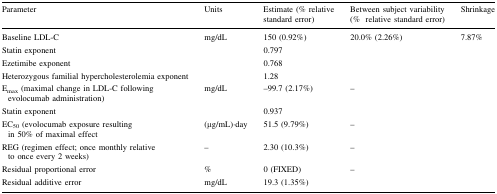
<table><thead><tr><td><b>Parameter</b></td><td><b>Units</b></td><td><b>Estimate (% relative standard error)</b></td><td><b>Between subject variability (%relative standard error)</b></td><td><b>Shrinkage</b></td></tr></thead><tbody><tr><td>Baseline LDL-C</td><td>mg/dL</td><td>150 (0.92%)</td><td>20.0% (2.26%)</td><td>7.87%</td></tr><tr><td>Statin exponent</td><td></td><td>0.797</td><td></td><td></td></tr><tr><td>Ezetimibe exponent</td><td></td><td>0.768</td><td></td><td></td></tr><tr><td>Heterozygous familial hypercholesterolemia exponent</td><td></td><td>1.28</td><td></td><td></td></tr><tr><td>E<sub>max</sub> (maximal change in LDL-C following evolocumab administration)</td><td>mg/dL</td><td>–99.7 (2.17%)</td><td>–</td><td></td></tr><tr><td>Statin exponent</td><td></td><td>0.937</td><td></td><td></td></tr><tr><td>EC<sub>50</sub> (evolocumab exposure resulting in 50% of maximal effect</td><td>(μg/mL)·day</td><td>51.5 (9.79%)</td><td>–</td><td></td></tr><tr><td>REG (regimen effect; once monthly relative to once every 2 weeks)</td><td>–</td><td>2.30 (10.3%)</td><td>–</td><td></td></tr><tr><td>Residual proportional error</td><td>%</td><td>0 (FIXED)</td><td>–</td><td></td></tr><tr><td>Residual additive error</td><td>mg/dL</td><td>19.3 (1.35%)</td><td></td><td></td></tr></tbody></table>